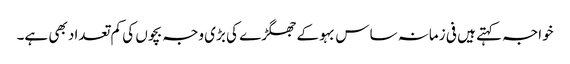
خواجہ کہتے ہیں فی زمانہ ساس بہو کے جھگڑے کی بڑی وجہ بچوں کی کم تعداد بھی ہے۔